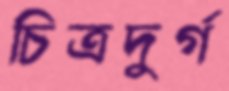
চিত্রদুর্গ